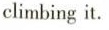
climbing it.